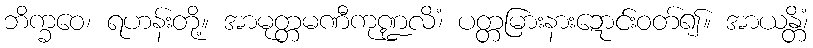
ဘိက္ခဝေ၊ ရဟန်းတို့။ အာမုတ္တမဏီကုဏ္ဍလိံ၊ ပတ္တမြားနားဍောင်းဝတ်၍။ အာယန္တိံ၊